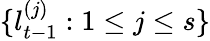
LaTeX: \{ l_{t-1}^{(j)}:1\le j\le s\}